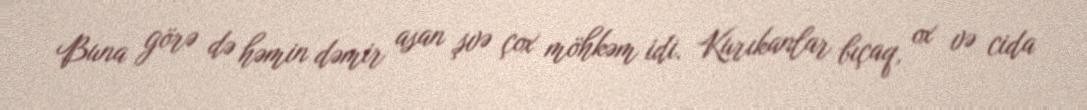
Buna görə də həmin dəmir asan şvə çox möhkəm idi. Kurıkanlar bıçaq, ox və cida